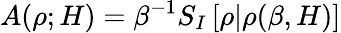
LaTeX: A(\rho;H)=\beta^{-1}S_{I}\left[\rho|\rho(\beta,H)\right]